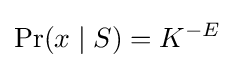
\Pr(x\mid S)=K^{-E}